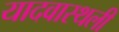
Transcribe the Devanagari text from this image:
यादवास्थली